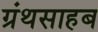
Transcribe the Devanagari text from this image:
ग्रंथसाहब